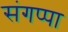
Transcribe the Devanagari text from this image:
संगप्पा